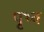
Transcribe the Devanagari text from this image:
पृथ्व